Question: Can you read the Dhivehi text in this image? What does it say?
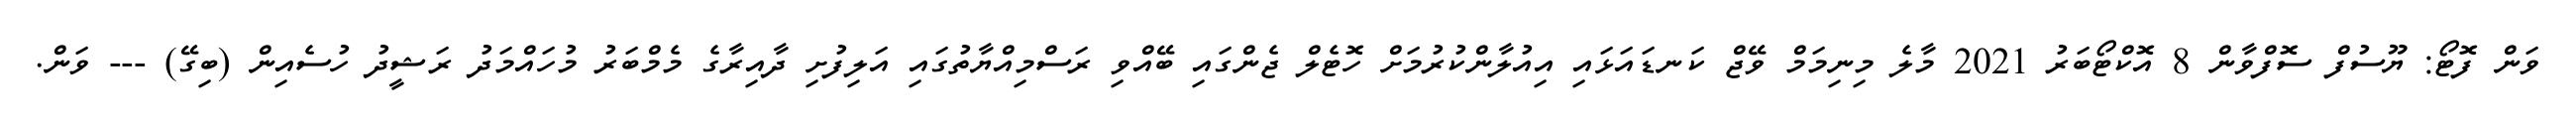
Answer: ވަން ފޮޓޯ: ޔޫސުފް ސޮފްވާން 8 އޮކްޓޯބަރު 2021 މާލެ މިނިމަމް ވޭޖް ކަނޑައަޅައި އިއުލާންކުރުމަށް ހޮޓެލް ޖެންގައި ބޭއްވި ރަސްމިއްޔާތުގައި އަލިފުށި ދާއިރާގެ މެމްބަރު މުހައްމަދު ރަޝީދު ހުސެއިން (ބިގޭ) --- ވަން.